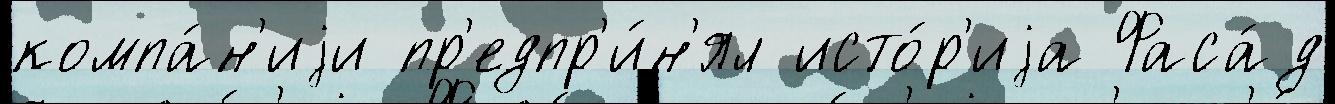
компа́н'иjи пр'едпр'и́н'ял исто́р'иjа Фаса́д